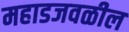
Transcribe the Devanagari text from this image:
महाडजवळील